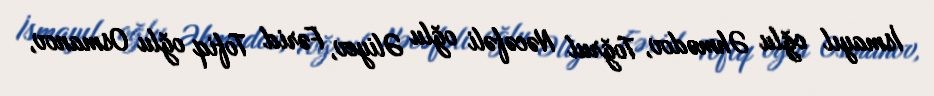
İsmayıl oğlu Əhmədov, Toğrul Nəcəfəli oğlu Əliyev, Fərid Tofiq oğlu Osmanov,